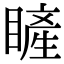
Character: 𥊓